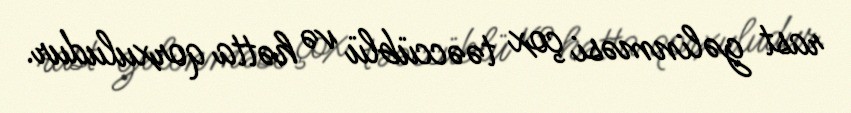
rast gəlinməsi çox təəccüblü və hətta qorxuludur.